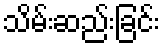
သိမ်းဆည်းခြင်း